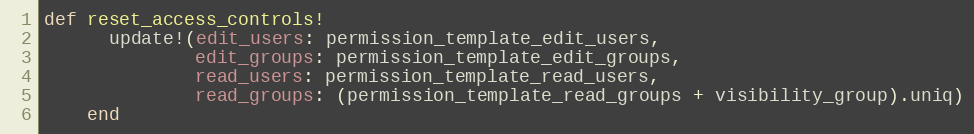
Language: Ruby
def reset_access_controls!
      update!(edit_users: permission_template_edit_users,
              edit_groups: permission_template_edit_groups,
              read_users: permission_template_read_users,
              read_groups: (permission_template_read_groups + visibility_group).uniq)
    end